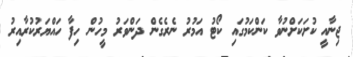
ޖިނާއީ ކުށަކަށްނުވާ ކަންކަމުގައި ކޯޓު އަމުރު ނެރެގެން ދަންވަރު މީހުން ހިފާ ހައްޔަރުކުރާއިރު